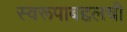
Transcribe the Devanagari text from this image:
स्वरूपाबद्दलची